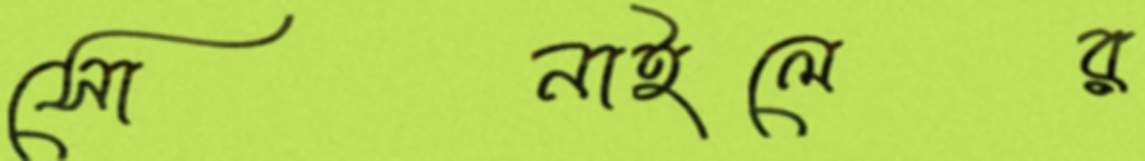
সোনাইলের